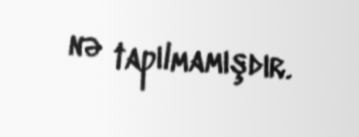
nə tapılmamışdır.